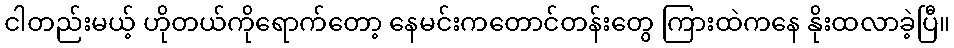
ငါတည်းမယ့် ဟိုတယ်ကိုရောက်တော့ နေမင်းကတောင်တန်းတွေ ကြားထဲကနေ နိုးထလာခဲ့ပြီ။